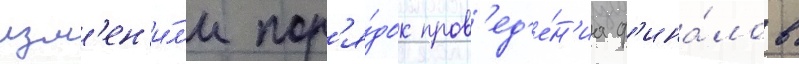
изм'ен'и́л'и пор'я́док пров'ед'е́н'иа ф'ина́лов